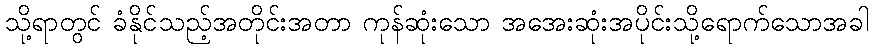
သို့ရာတွင် ခံနိုင်သည့်အတိုင်းအတာ ကုန်ဆုံးသော အအေးဆုံးအပိုင်းသို့ရောက်သောအခါ